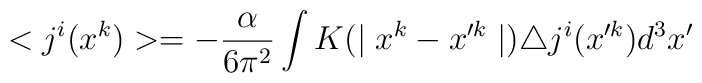
<j^{i}(x^{k})>=-\frac{\alpha}{6\pi^{2}}\int K(\mid x^{k}-x'^{k}\mid )\triangle j^{i}(x'^{k})d^{3}x'